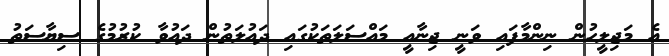
އެ މަޖިލީހުން ނިންމާފައި ވަނީ ޖިނާއީ މައްސަލަތަކުގައި ދައުލަތުން ދައުވާ ކުރުމުގެ ސިޔާސަތު